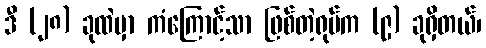
ဒီ (၂၈) ခုထဲမှာ ကံကြောင့်သာ ဖြစ်တဲ့ရုပ်က (၉) ခုရှိတယ်၊